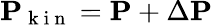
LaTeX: \mathbf{P}_{\mathrm{~k~i~n~}}=\mathbf{P}+\Delta\mathbf{P}